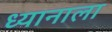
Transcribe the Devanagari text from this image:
ध्यानाला